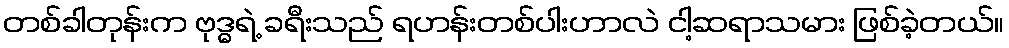
တစ်ခါတုန်းက ဗုဒ္ဓရဲ့ ခရီးသည် ရဟန်းတစ်ပါးဟာလဲ ငါ့ဆရာသမား ဖြစ်ခဲ့တယ်။